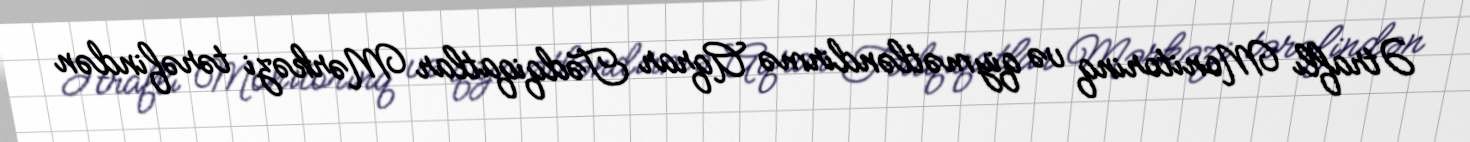
Ətraflı Monitorinq və qiymətləndirmə Aqrar Tədqiqatlar Mərkəzi tərəfindən